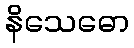
နိသေဓော